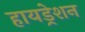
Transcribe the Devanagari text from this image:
हायड्रेशन